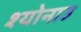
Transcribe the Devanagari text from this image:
श्योनाउ